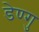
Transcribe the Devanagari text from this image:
डेण्गु